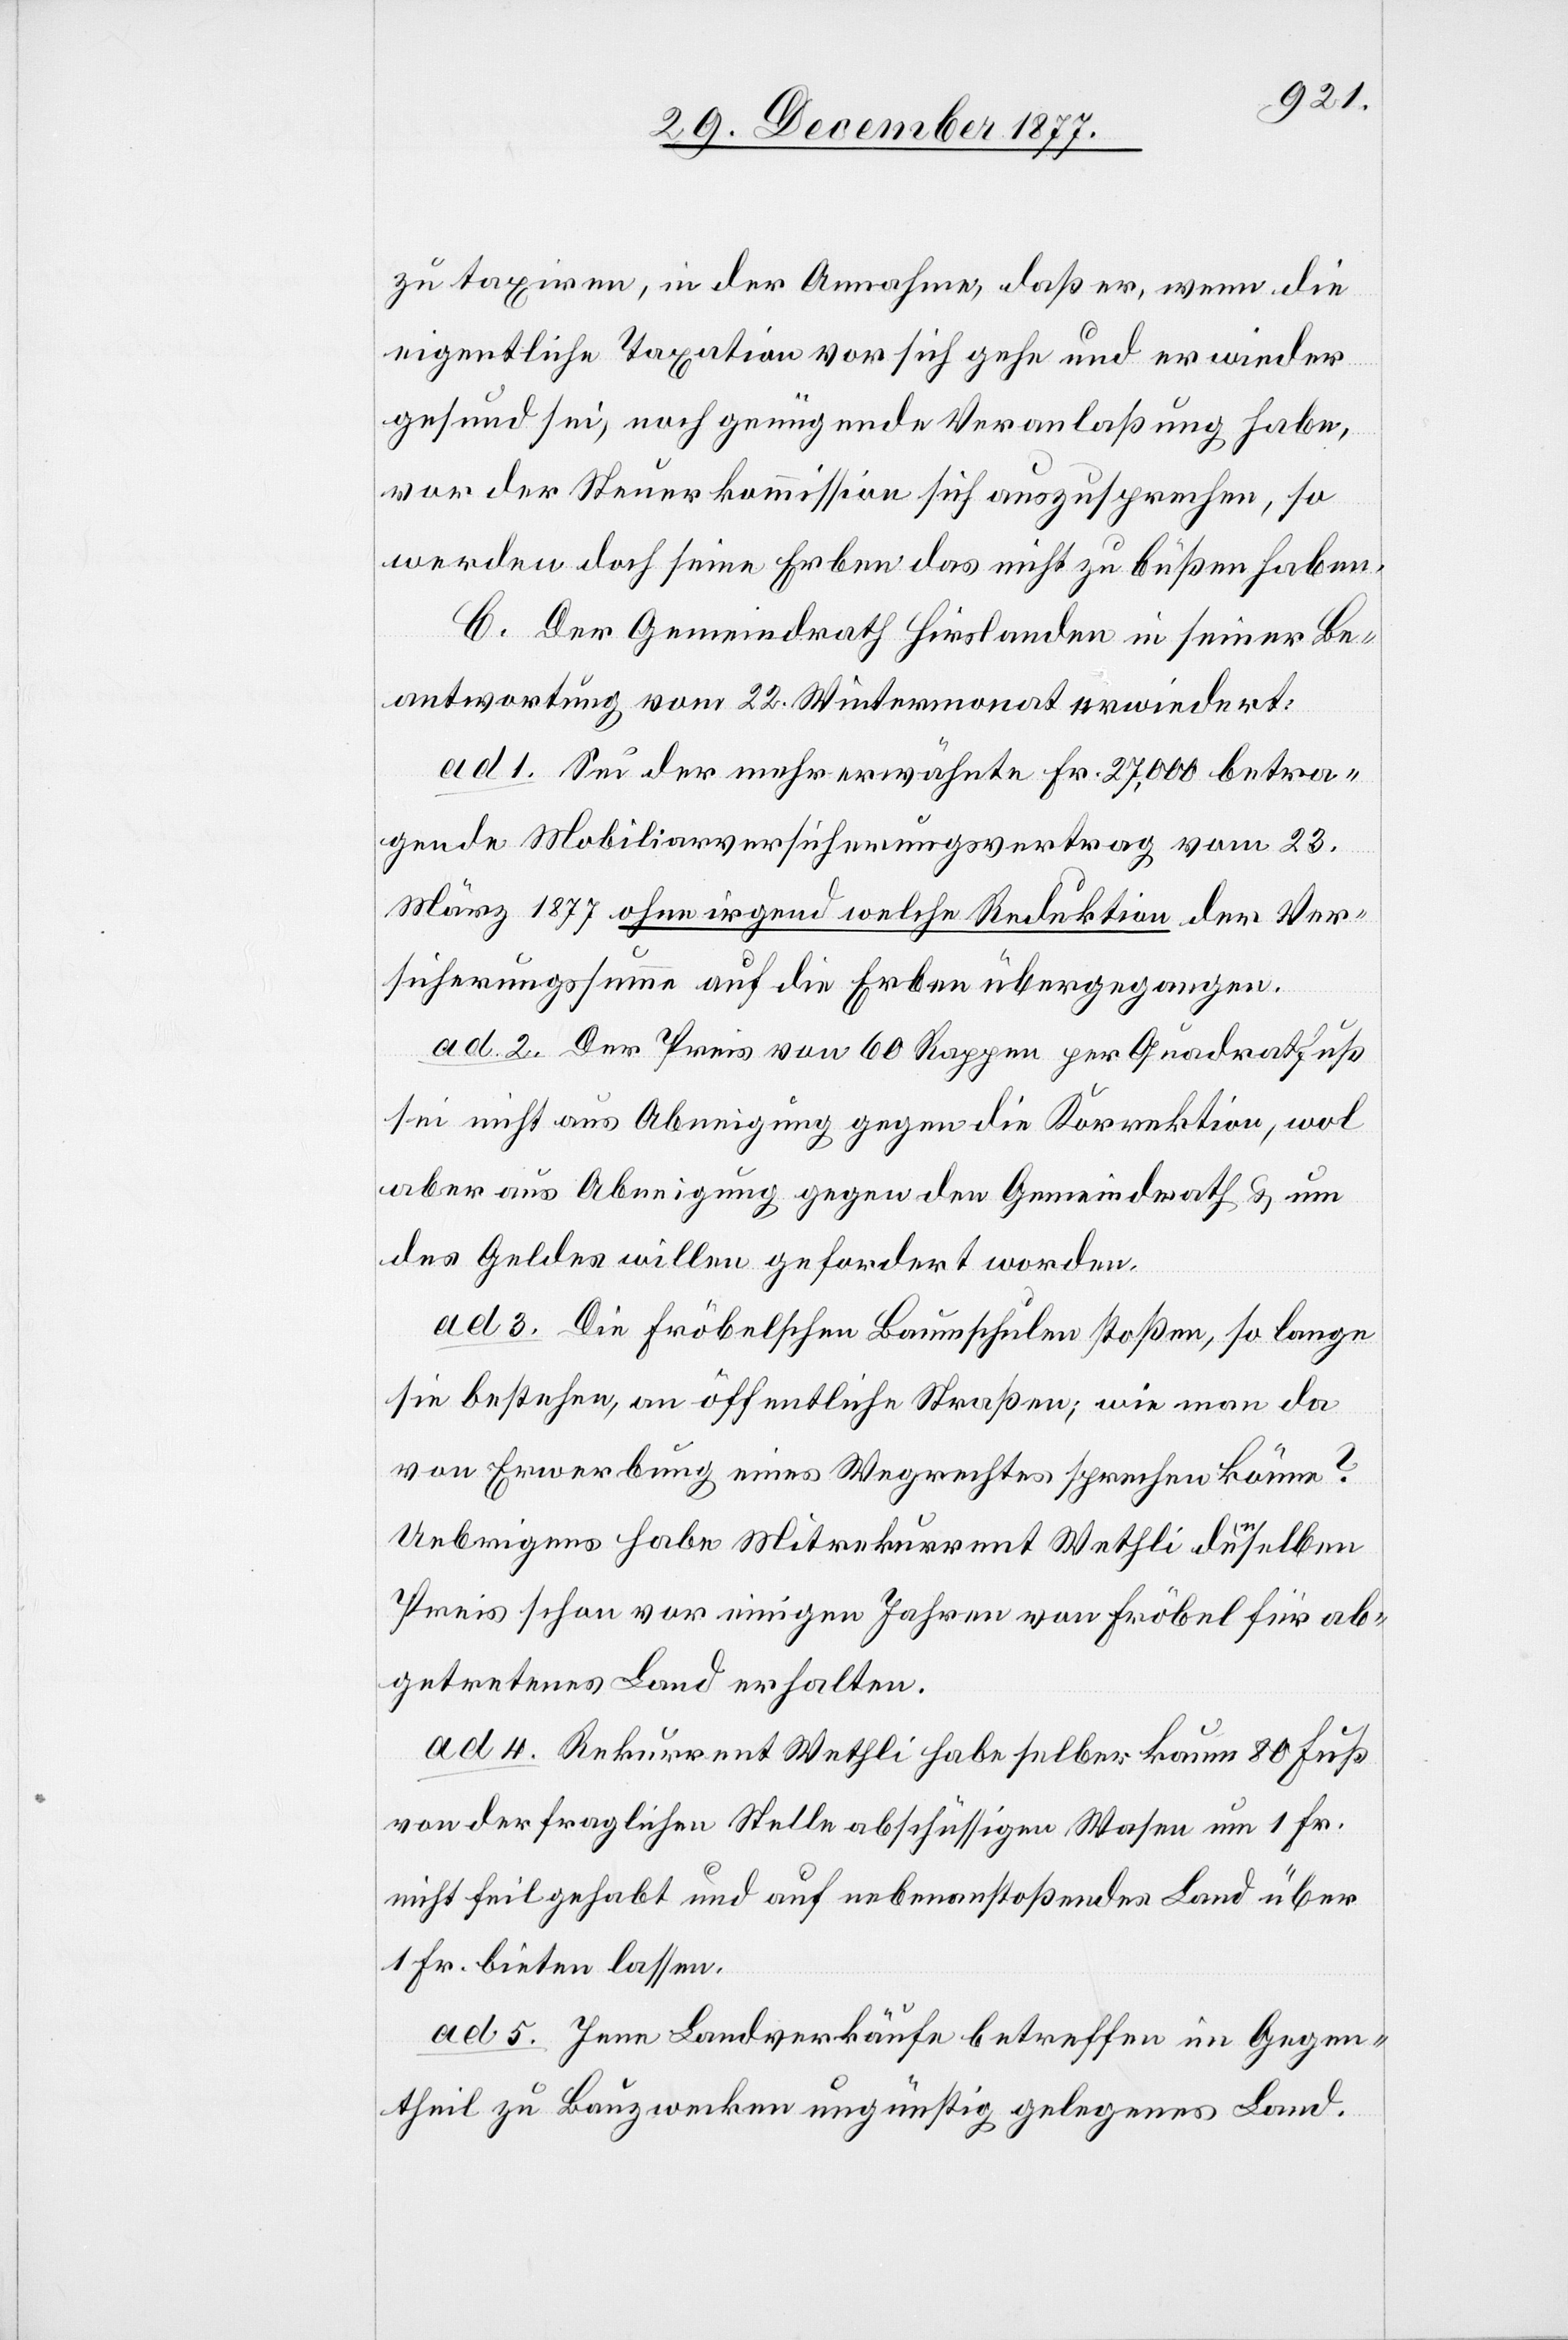
zu taxiren, in der Annahme, daß er, wenn die
eigentliche Taxation vor sich gehe und er wieder
gesund sei, noch genügende Veranlaßung habe,
vor der Steuerkommission sich auszusprechen, so
werden doch seine Erben das nicht zu büßen haben.
C. Der Gemeindrath Hirslanden in seiner Be¬
antwortung vom 22. Wintermonat erwiedert:
ad 1. Sei der mehrerwähnte Fr. 27,000 betra¬
gende Mobiliarversicherungsvertrag vom 23.
März 1877 ohne irgend welche Reduktion der Ver¬
sicherungssumme auf die Erben übergegangen.
ad 2. Der Preis von 60 Rappen per Quadratfuß
sei nicht aus Abneigung gegen die Korrektion, wol
aber aus Abneigung gegen den Gemeindrath & um
des Geldes willen gefordert worden.
ad 3. Die Fröbelschen Baumschulen stoßen, so lange
sie bestehen, an öffentliche Straßen; wie man da
von Erwerbung eines Wegrechtes sprechen könne?
Uebrigens habe Mitrekurrent Wethli denselben
Preis schon vor einigen Jahren von Fröbel für ab¬
getretenes Land erhalten.
ad 4. Rekurrent Wethli habe selber kaum 80 Fuß
von der fraglichen Stelle abschüssigen Wasen um 1 Fr.
nicht feilgehabt und auf nebenanstoßendes Land über
1 Fr. bieten lassen.
ad 5. Jene Landverkäufe betreffen im Gegen¬
theil zu Bauzwecken ungünstig gelegenes Land.